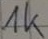
Text: 1k